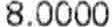
8.0000